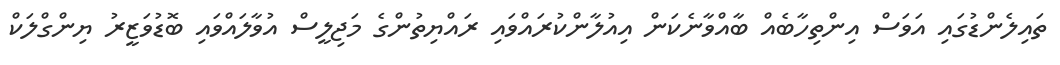
ތައިލެންޑުގައި އަވަސް އިންތިހާބެއް ބާއްވާނެކަން އިއުލާންކުރައްވައި ރައްޔިތުންގެ މަޖިލީސް އުވާލައްވައި ބޮޑުވަޒީރު ޔިންގްލަކް